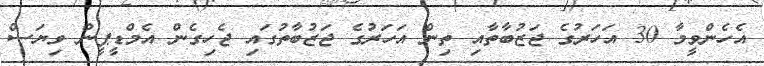
އެހެންވީމާ 30 އަހަރުގެ ޖަޒުބާތާއި ތިން އަހަރުގެ ޖަޒުބާތުގައި ޖެހިގެން އެމްޑީޕީން ވިޔަސް